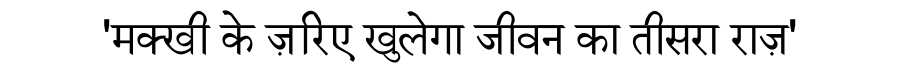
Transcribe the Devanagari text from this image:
'मक्खी के ज़रिए खुलेगा जीवन का तीसरा राज़'